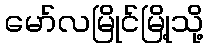
မော်လမြိုင်မြို့သို့